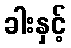
ခါးနှင့်